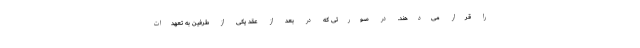
را قرار می‌دهند. در صورتی که در بعد از عقد یکی از طرفین به تعهدات